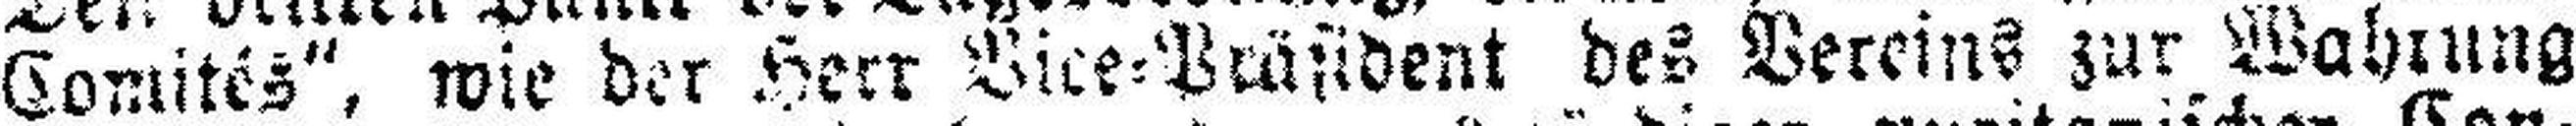
Comités“, wie der Herr Vice=Präsident des Vereins zur Wahrung